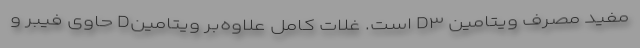
مفید مصرف ویتامین D۳ است. غلات کامل علاوه‌بر ویتامینD حاوی فیبر و